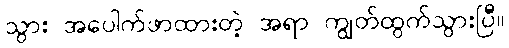
သွား အပေါက်ဖာထားတဲ့ အရာ ကျွတ်ထွက်သွားပြီ။